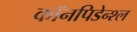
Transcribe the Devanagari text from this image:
कॉनपिडेन्श्ल